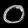
Digit: ၀